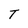
Character: T